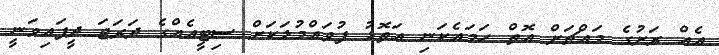
އެއް ރަށުގެ މައްޗަށް އޮތް ހަމައެކަނި އަތޮޅު ފުވައްމުލަކަށް ސިޓީއެއްގެ ދަރަޖަ ދީފައިވަނީ